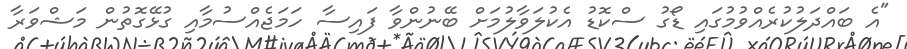
"އެ ބައްދަލުކުރެއްވުމުގައި ޑޯގު ސްކޮޑު އެކުލަވާލުމަށް ބޭނުންވާ ފައިސާ ހަމަޖެއްސުމާއި ގުޅޭގޮތުން މަޝްވަރާ